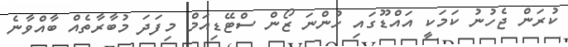
ކުރަން ޖެހުނު ކަމަކީ އައްޑޫގައި ހުންނަ ޒޯން ސްޓޭޑިއަމް މިފަދަ މުބާރާތެއް ބާއްވާނެ